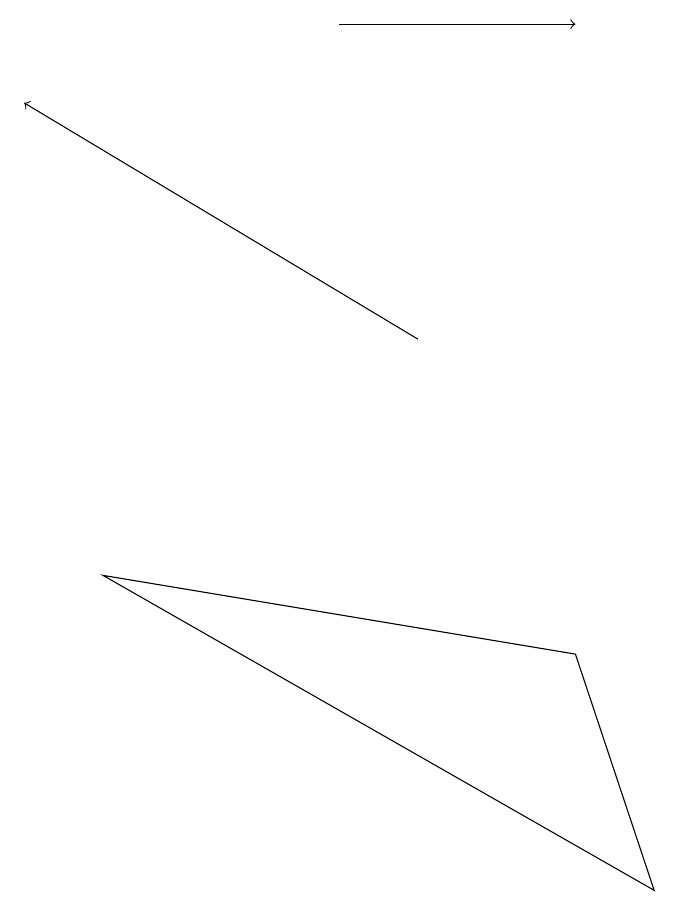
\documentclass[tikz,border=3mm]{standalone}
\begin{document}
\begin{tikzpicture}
\draw (2,8) -- (9,4) -- (8,7) -- cycle;
\draw[->] (6,11) -- (1,14);
\draw[->] (5,15) -- (8,15);
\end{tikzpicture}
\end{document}